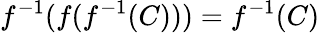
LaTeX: f^{-1}(f(f^{-1}(C)))=f^{-1}(C)